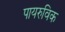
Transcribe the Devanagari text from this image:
पायरुविक